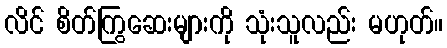
လိင် စိတ်ကြွဆေးများကို သုံးသူလည်း မဟုတ်။